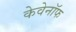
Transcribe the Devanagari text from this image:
केवेनॉफ